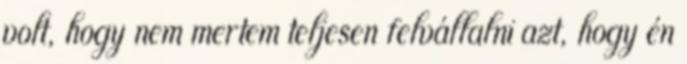
volt, hogy nem mertem teljesen felvállalni azt, hogy én